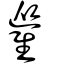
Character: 𩀨